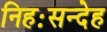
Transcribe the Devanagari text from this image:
निहःसन्देह